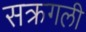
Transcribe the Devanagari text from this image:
सक्रगली